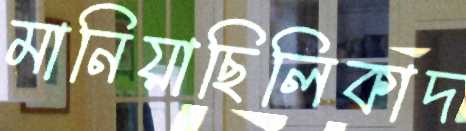
মানিয়াছিলিকাদ